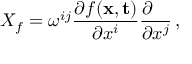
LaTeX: X _ { f } = \omega ^ { i j } { \frac { \partial f ( { \bf x } , { \bf t } ) } { \partial x ^ { i } } } { \frac { \partial \phantom { x ^ { j } } } { \partial x ^ { j } } } \, ,